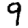
Digit: 9